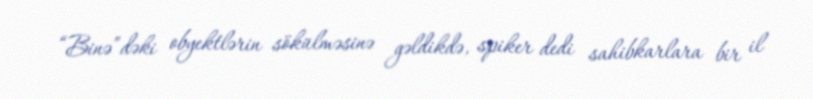
“Binə”dəki obyektlərin sökülməsinə gəldikdə, spiker dedi sahibkarlara bir il